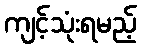
ကျင့်သုံးရမည့်